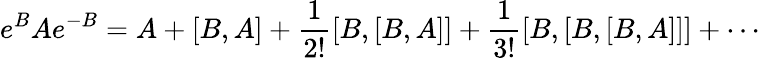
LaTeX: e^{B}Ae^{-B}=A+[B,A]+\frac{1}{2!}[B,[B,A]]+\frac{1}{3!}[B,[B,[B,A]]]+\cdots